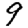
Digit: 9